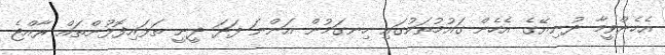
އެހެންވީމާ ދުނިޔޭގެ އެހެން ގައުމުތަކުގައި ހިނގަމުން އަންނަ ފަދަ ދީނީ ތަޅައިފޮޅުންތައް ރާއްޖެ